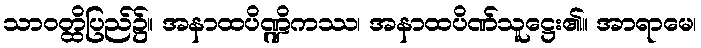
သာဝတ္ထိပြည်၌။ အနာထပိဏ္ဍိကဿ၊ အနာထပိဏ်သူဋ္ဌေး၏။ အာရာမေ၊